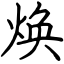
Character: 焕